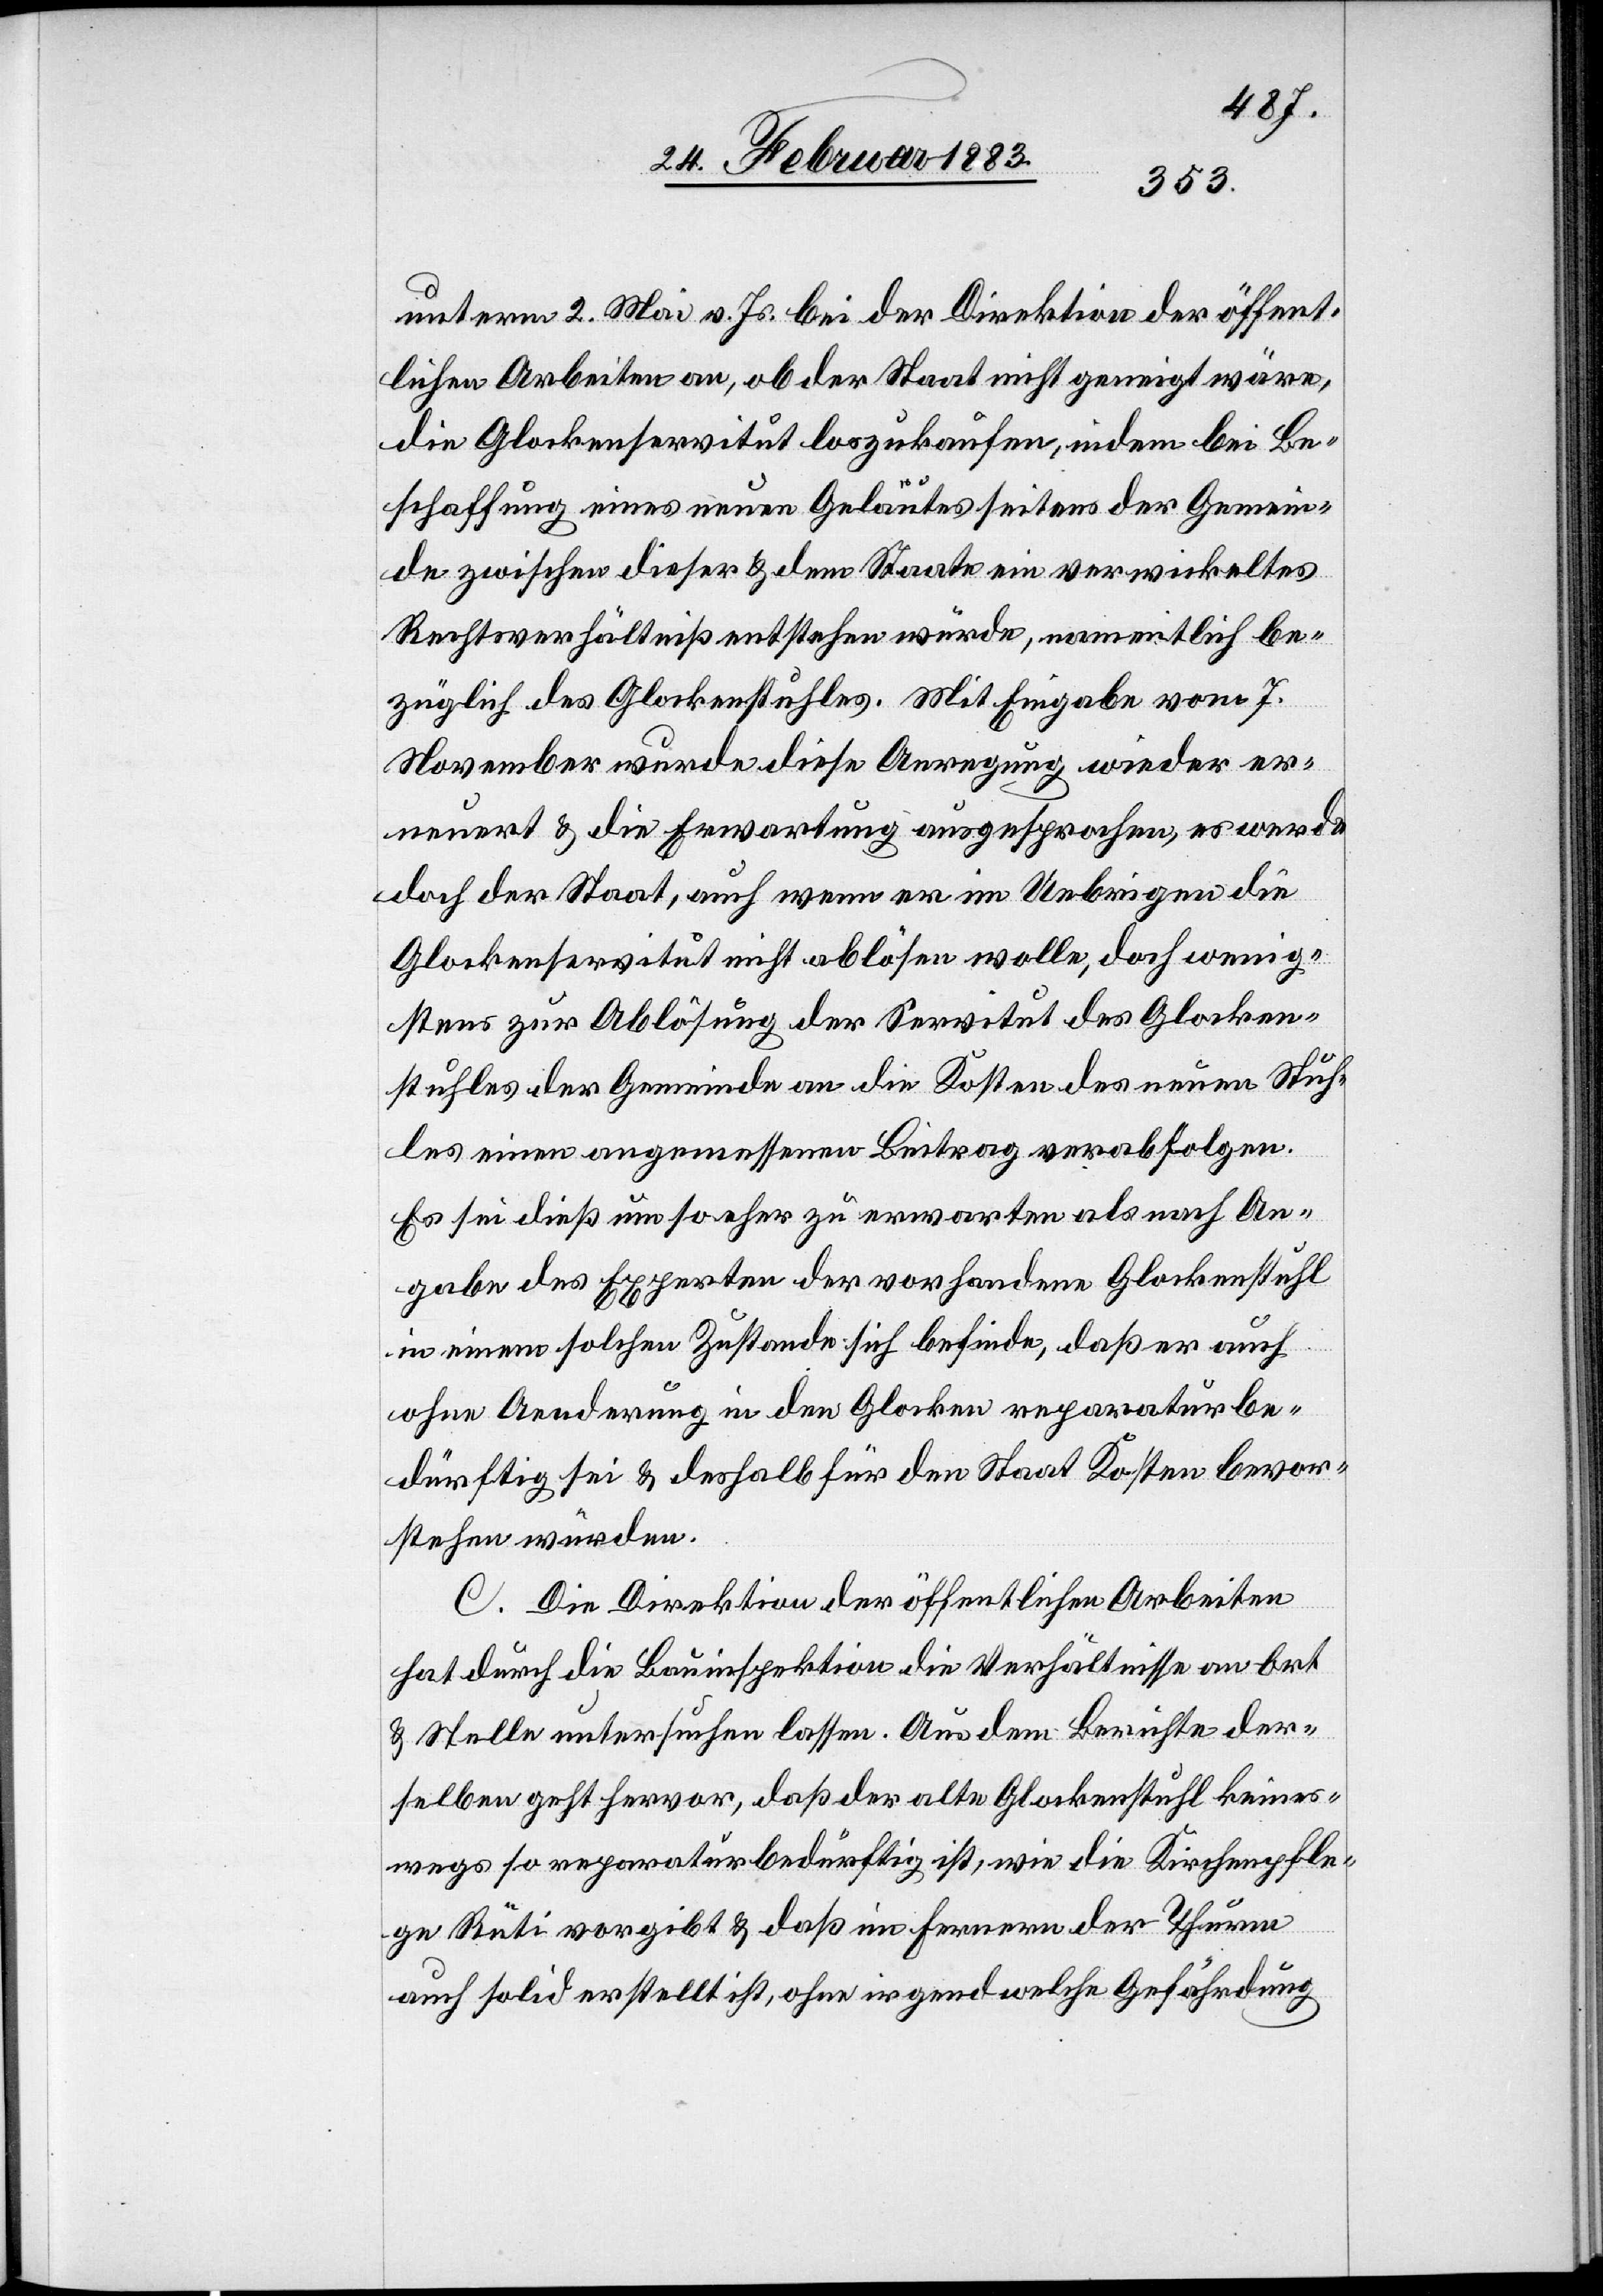
unterm 2. Mai v. Js. bei der Direktion der öffent¬
lichen Arbeiten an, ob der Staat nicht geneigt wäre,
die Glockenservitut loszukaufen, indem bei Be¬
schaffung eines neuen Geläutes seitens der Gemein¬
de zwischen dieser & dem Staate ein verwickeltes
Rechtsverhältniß entstehen würde, namentlich be¬
züglich des Glockenstuhles. Mit Eingabe vom 7.
November wurde diese Anregung wieder er¬
neuert & die Erwartung ausgesprochen, es werde
doch der Staat, auch wenn er im Uebrigen die
Glockenservitut nicht ablösen wolle, doch wenig¬
stens zur Ablösung der Servitut des Glocken¬
stuhles der Gemeinde an die Kosten des neuen Stuh¬
les einen angemessenen Beitrag verabfolgen.
Es sei dieß um so eher zu erwarten als nach An¬
gabe des Experten der vorhandene Glockenstuhl
in einem solchen Zustande sich befinde, daß er auch
ohne Aenderung in den Glocken reparaturbe¬
dürftig sei & deshalb für den Staat Kosten bevor¬
stehen würden.
C. Die Direktion der öffentlichen Arbeiten
hat durch die Bauinspektion die Verhältnisse an Ort
& Stelle untersuchen lassen. Aus dem Berichte der¬
selben geht hervor, daß der alte Glockenstuhl keines¬
wegs so reparaturbedürftig ist, wie die Kirchenpfle¬
ge Rüti vorgibt & daß im Fernern der Thurm
auch solid erstellt ist, ohne irgend welche Gefährdung